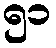
၅၁